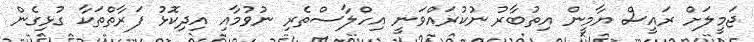
ޖަމީލަށް ރައީސް ޔާމީން އިތުބާރު ނުކުރައްވަނީ އިހްލާސްތެރި ނުވުމާއި އިދިކޮޅު ފަރާތްތަކާ ގުޅިގެން